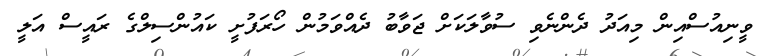
ވީނިއުސްއިން މިއަދު ދެންނެވި ސުވާލަކަށް ޖަވާބު ދެއްވަމުން ހޯރަފުށީ ކައުންސިލްގެ ރައީސް އަލީ